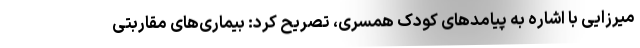
میرزایی با اشاره به پیامدهای کودک همسری، تصریح کرد: بیماری‌های مقاربتی